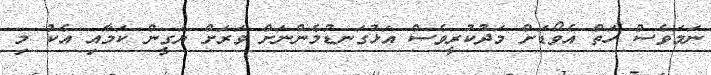
ނަމަވެސް ހަތް އެވޯޑަށް މަދުކުރީވެސް އަޅުގަނޑުމެންނަށް ވަރަށް ޔަގީން ކަމާއި އެކު މި